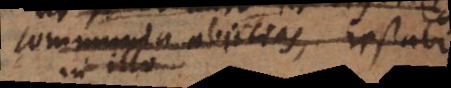
communia abjicias, restabit